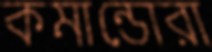
কমান্ডোরা